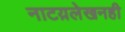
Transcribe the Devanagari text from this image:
नाटय़लेखनही